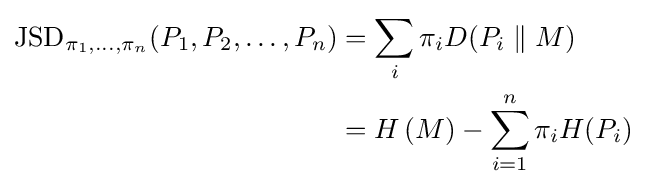
{\begin{aligned}{\rm {JSD}}_{\pi _{1},\ldots ,\pi _{n}}(P_{1},P_{2},\ldots ,P_{n})&=\sum _{i}\pi _{i}D(P_{i}\parallel M)\\&=H\left(M\right)-\sum _{i=1}^{n}\pi _{i}H(P_{i})\end{aligned}}